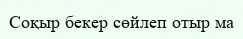
Соқыр бекер сөйлеп отыр ма